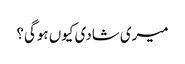
میری شادی کیوں ہوگی؟